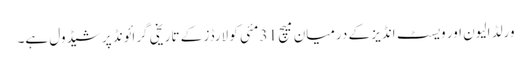
ورلڈ الیون اور ویسٹ انڈیز کے درمیان میچ 31 مئی کو لارڈز کے تاریخی گرائونڈ پر شیڈول ہے۔